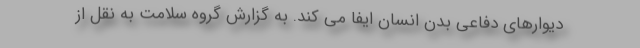
دیوارهای دفاعی بدن انسان ایفا می کند. به گزارش گروه سلامت به نقل از